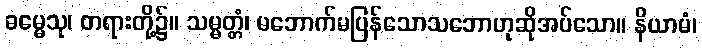
ဓမ္မေသု၊ တရားတို့၌။ သမ္မတ္တံ၊ မဘောက်မပြန်သောသဘောဟုဆိုအပ်သော။ နိယာမံ၊